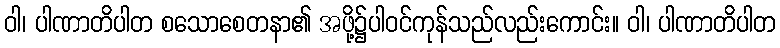
ဝါ၊ ပါဏာတိပါတ စသောစေတနာ၏ အဖို့၌ပါဝင်ကုန်သည်လည်းကောင်း။ ဝါ၊ ပါဏာတိပါတ